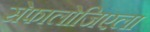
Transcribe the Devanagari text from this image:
सेफालोजिएला